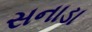
સનાડા